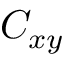
C _ { x y }